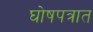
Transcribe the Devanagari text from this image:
घोषपत्रात